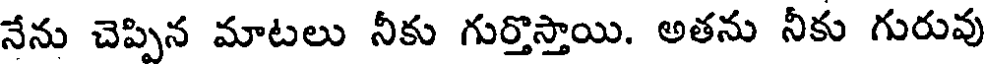
నేను చెప్పిన మాటలు నీకు గుర్తొస్తాయి. అతను నీకు గురువు